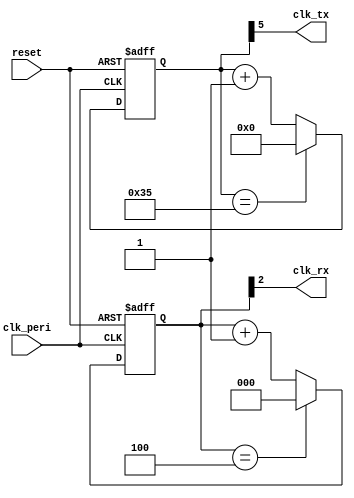
module uart_light_clk_gen
#( 	//Die Default-Werte der folgenden Parameter werden fr Baudrate 460800 genutzt
	parameter BR_DIVISOR_TX = 54,
	parameter BR_DIVISOR_RX = 5,
	parameter BRD_SIZE_TX = 6,
	parameter BRD_SIZE_RX = 3
)(
	output wire clk_rx,
	output wire clk_tx,
	input  wire clk_peri,
	input  wire reset
   );
	
	reg [BRD_SIZE_TX-1:0] divisor_tx;
	reg [BRD_SIZE_RX-1:0] divisor_rx;
	
	assign clk_tx = divisor_tx[BRD_SIZE_TX-1];
	assign clk_rx = divisor_rx[BRD_SIZE_RX-1];
	
	always @(posedge clk_peri, posedge reset) begin
		if(reset) begin 
			divisor_tx <= {(BRD_SIZE_TX){1'b0}};
			divisor_rx <= {(BRD_SIZE_RX){1'b0}};
		end
		else begin  
			if(divisor_tx == (BR_DIVISOR_TX - 1'b1))
				divisor_tx <= {(BRD_SIZE_TX){1'b0}};
			else
				divisor_tx <= divisor_tx + 1'b1;
			
			if(divisor_rx == (BR_DIVISOR_RX - 1'b1))
				divisor_rx <= {(BRD_SIZE_RX){1'b0}};
			else
				divisor_rx <= divisor_rx + 1'b1;
		end
	end

endmodule